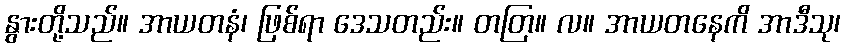
နွားတို့သည်။ အာယတနံ၊ ဖြစ်ရာ ဒေသတည်း။ တတြ။ လ။ အာယတနေကိ အာဒီသု၊